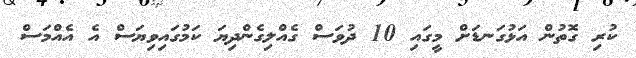
ކުރި ގޮތުން އަޅުގަނޑަށް މީގައި 10 ދުވަސް ގެއްލިގެންދިޔަ ކަމުގައިވިޔަސް އެ އެއްމަސް